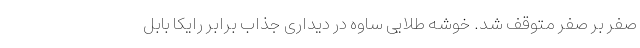
صفر بر صفر متوقف شد. خوشه طلایی ساوه در دیداری جذاب برابر رایکا بابل